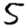
Digit: 5